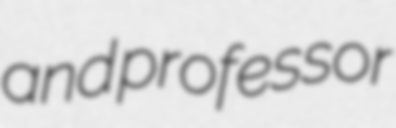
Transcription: and professor